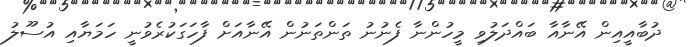
ދުބާއީއިން އޭނާއާ ބައްދަލުވި މީހުންނާ ފެނުނު ތަންތަނުން އޭނާއަށް ފާހަގަކުރެވުނީ ހަމަޔާއި އުސޫލު